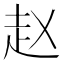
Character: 赵